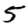
Digit: 5